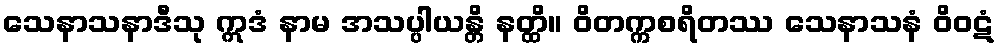
သေနာသနာဒီသု ဣဒံ နာမ အသပ္ပါယန္တိ နတ္ထိ။ ဝိတက္ကစရိတဿ သေနာသနံ ဝိဝဋံ